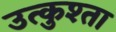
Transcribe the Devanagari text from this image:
उत्कुश्ता